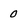
Character: 0